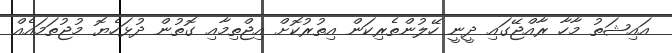
އައިޝަތު މާހާ ރާއްޖޭގައި ދީނީ ހޭލުންތެރިކަން އިތުރުކޮށް އިޖްތިމާއި ގޮތުން ދުޅަހެޔޮ މުޖުތަމައެއް